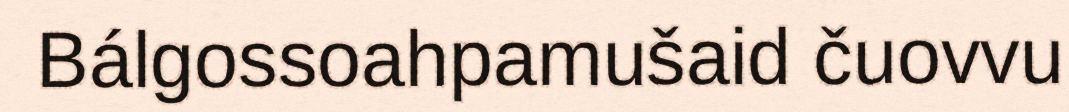
Bálgossoahpamušaid čuovvu